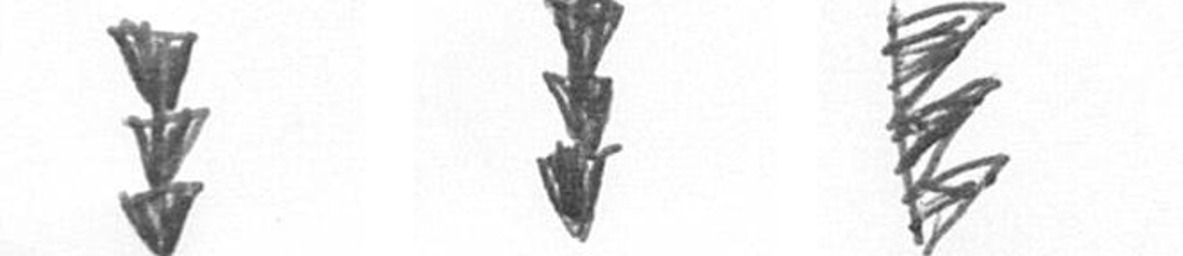
E E H